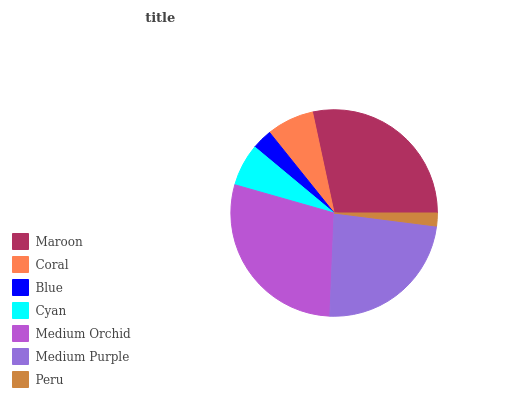
| Maroon | Coral | Blue | Cyan | Medium Orchid | Medium Purple | Peru |
 | --- | --- | --- | --- | --- | --- | --- |
 | 28.3% | 7.4% | 3.2% | 6.64% | 28.8% | 23.6% | 2.02% |